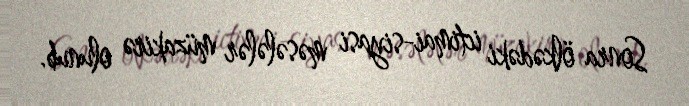
Sonra ölkədəki ictimai-siyasi məsələlər müzakirə olunub.